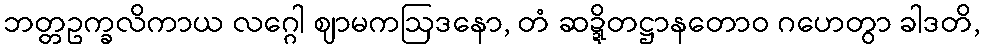
ဘတ္တဥက္ခလိကာယ လဂ္ဂေါ ဈာမကဩဒနော, တံ ဆဍ္ဍိတဋ္ဌာနတောဝ ဂဟေတွာ ခါဒတိ,